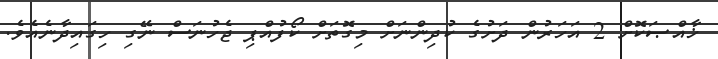
ޚާއްޞަކޮށް 2 އަހަރުން ދަށުގެ ކުދިންނަށް މިގޮތަށް ކޯފުއްޕި ޖެހުނަސް ނޭގި ހިގައިދާނެއެވެ.